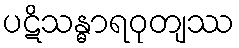
ပဋိသန္ဓာရဝုတျဿ